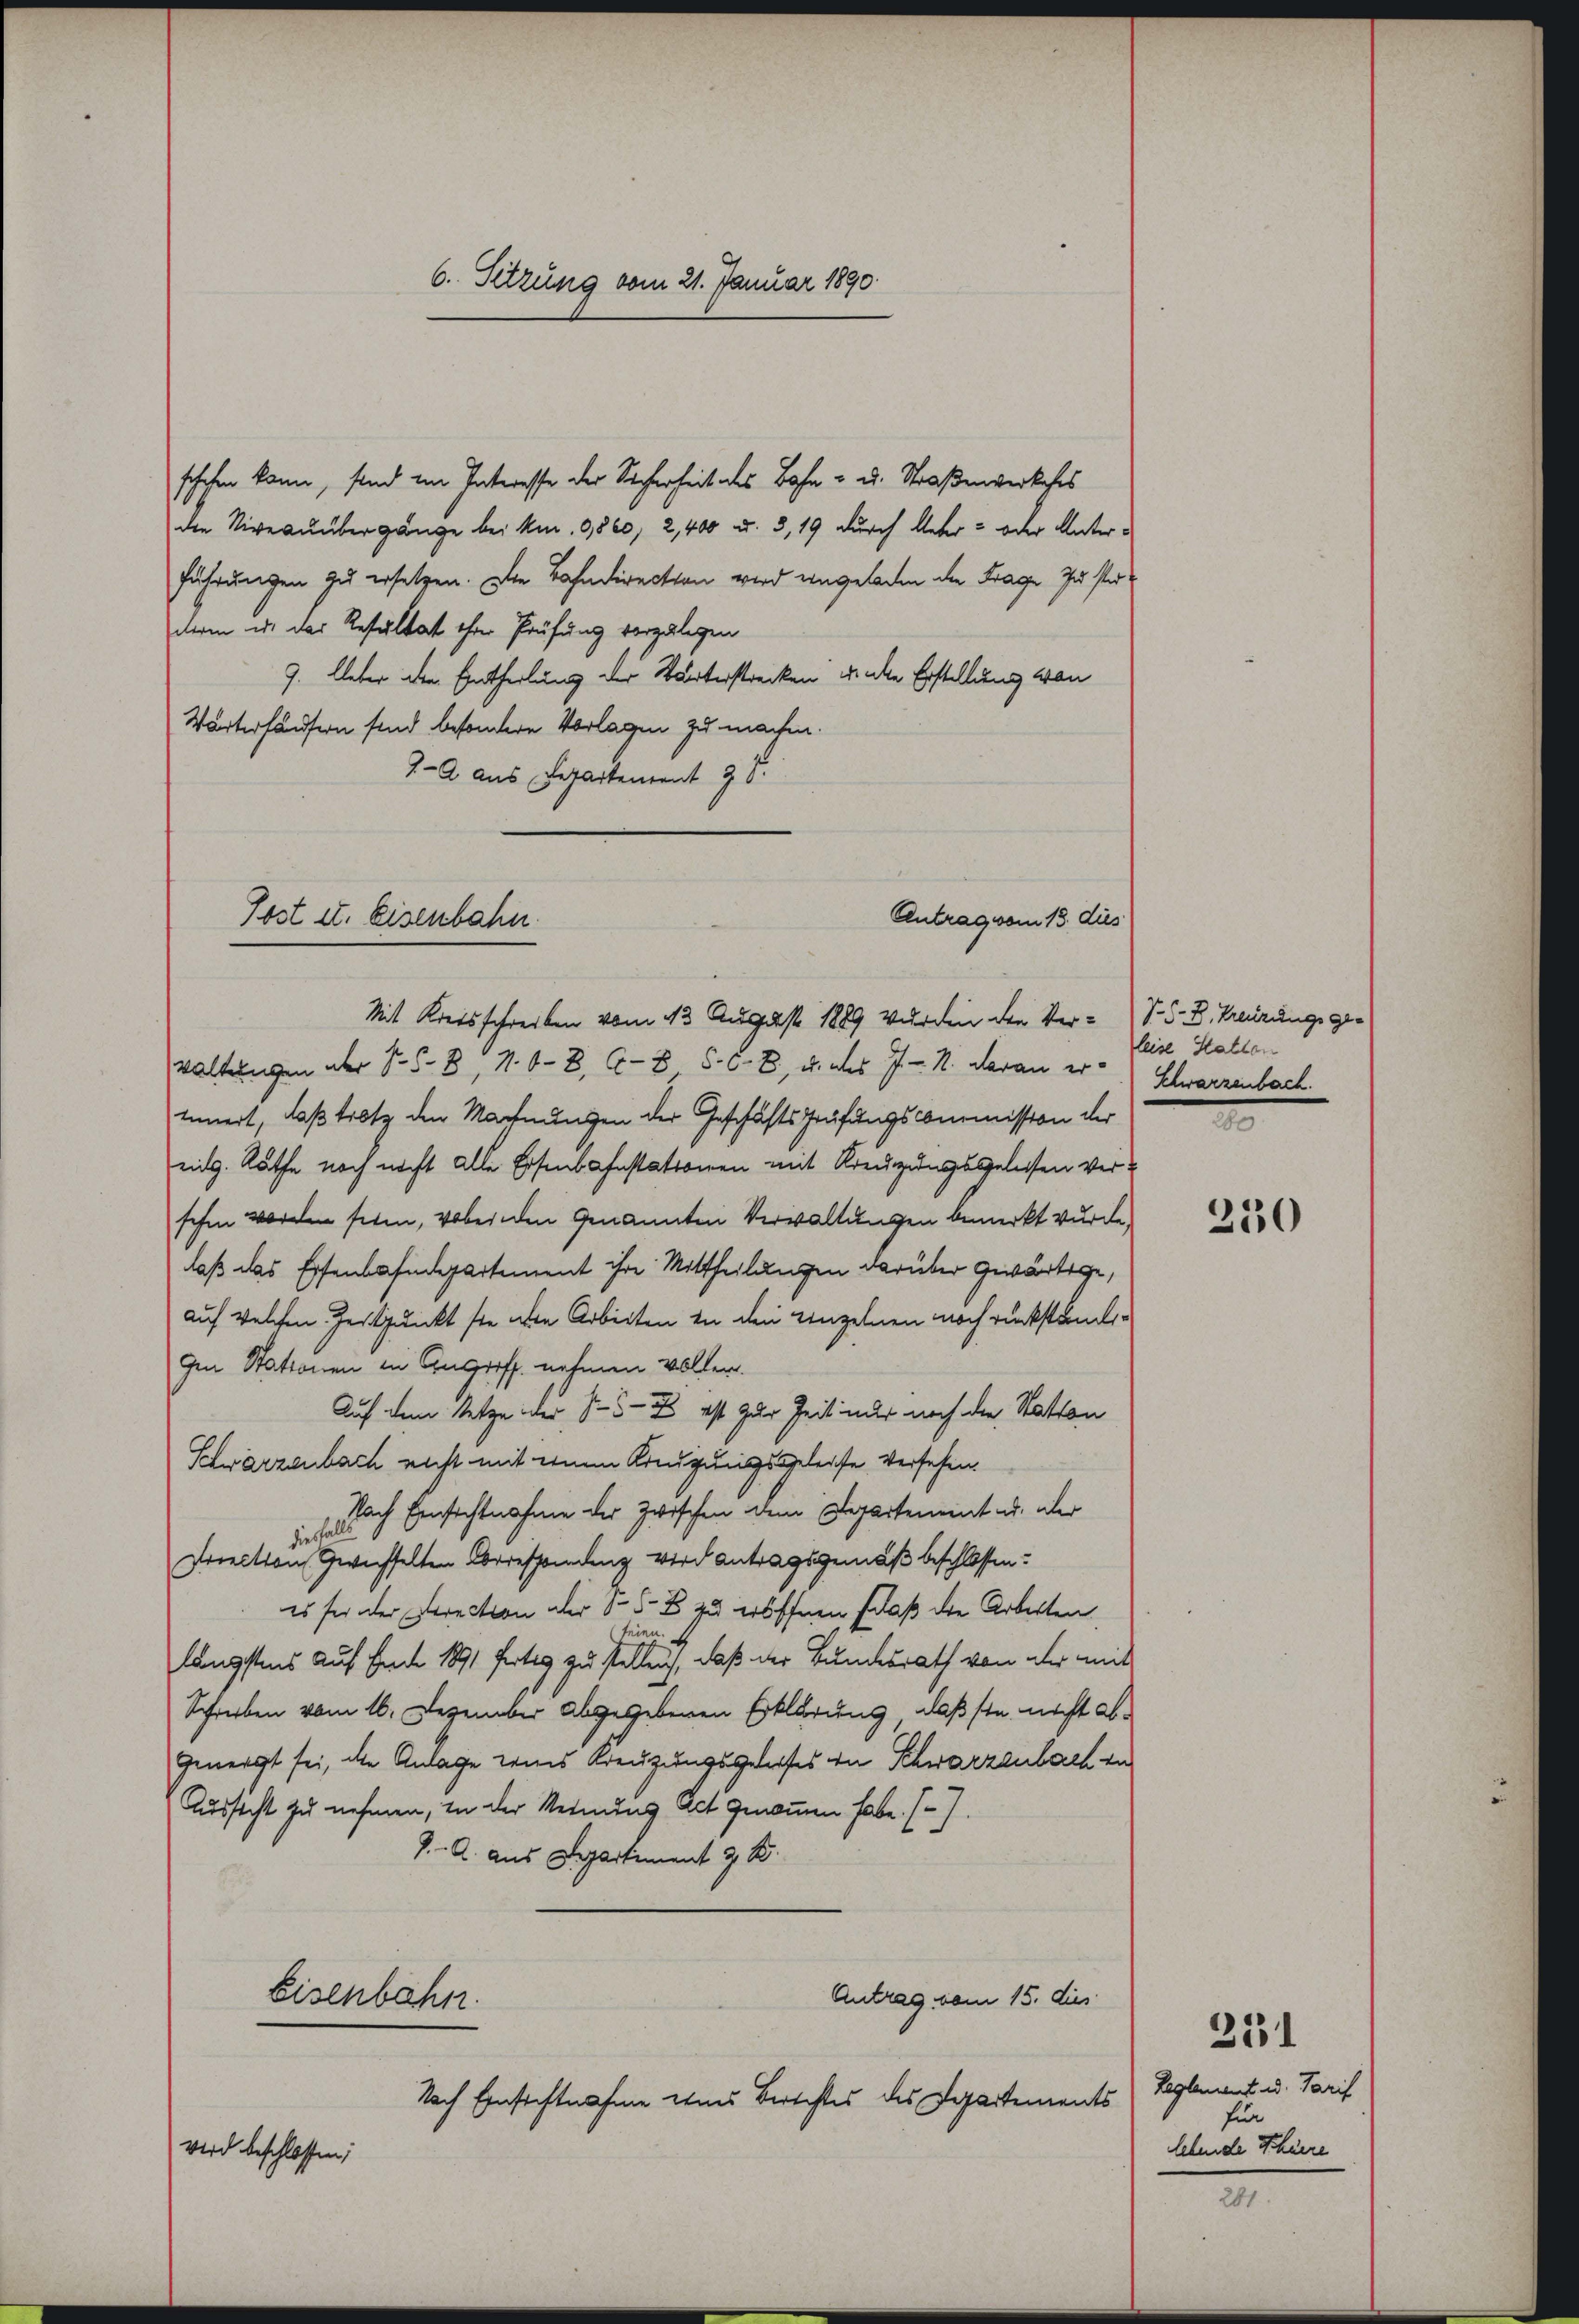
schehen kann, sind im Interesse der Sicherheit des Bahn - u. Straßenverkehrs
die Niveauübergänge bei kn. 9560, 2,400 u. 3, 19 durch Ueber- oder Unterführungen zu ersetzen. Die Bahndirection wird angeladen die Frage zu sterderin u. das Resultat ihrer Prüfung vorzulegen
9. Ueber den Eintheilung der Wärterstrecken unde Erstellung von
Wärterhäusern sind besondere Vorlagen zu machen.
2-A aus Departement 28.

Antrag vom 13. dies
Post II. Eisenbahn
Mit Kreisschreiben vom 13. August 1889 wurden den Ver- S. S. B. Kreuzungs ge¬

6. Setzung vom 21. Januar 1890

waltungen der S. 68, 10 - 8. 68 S. 8, u. des 7. M. daran er Schwarzenbach.
innnert, daß trotz den Machnungen der Geschäftsprüfungscommission der
eidg. Räthe noch nicht alle Eisenbahnstationen mit Kreuzungsgelesen verschen worden seien, wobei den Genannten Verwaltungen bemerkt wurde.
laß das Eisenbahndepartement ihre Mittheilungen darüber gewärtige,
auf welchen Zeitpunkt sie ihre Arbeiten in den Einzelnen noch rückständigen Stationen in Angriff nehmen vollen.
Auf dem Setze der S. 57 ist zur Zeit nur noch die Station
Schwarzenbach nicht mit deinen Kreuzungsgeleise versehen.
Nach Einsichtnahme der Zwischen dem Departement u. über
diese
Porection Gwechselten Arrespondenz wird antragsgemäß beschlossen:
es sei der Direction der 15 - 8 zu eröffnen, daß die Arbeiten
seien.
längstens auf Ende 1891 fertig zu stellen, daß der Bundesrath von der mit
Schreiben vom 16. Dezember abgegebenen Erklärung, daß sie nicht ab¬
Genergt sei, die Anlage weis Kreuzungsgeliefes in Schwarzenbach in
Aussteht zu nehmen, in der Meinung Act genommen habe. ().
J. A. aus Departiment z. B.
Antrag vom 15. dies
Eisenbahn.
Nach Einsichtnahme eines Berichtes des Departements
wird beschlossen;

leise Statten
2

250

251

Reglement u. Tarif
un
lebende Scheere